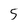
Character: 5